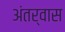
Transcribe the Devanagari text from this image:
अंतर्वास